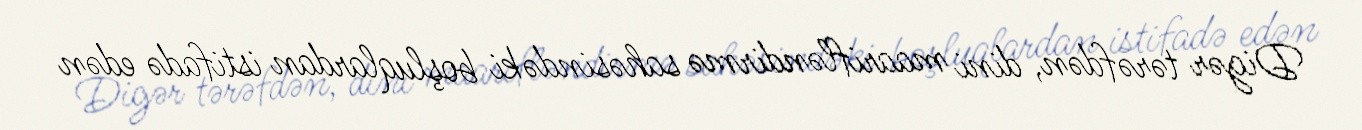
Digər tərəfdən, dini maarifləndirmə sahəsindəki boşluqlardan istifadə edən